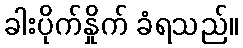
ခါးပိုက်နှိုက် ခံရသည်။